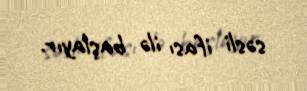
səsli ifası ilə başlayır.